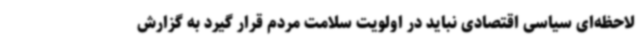
لاحظه‌ای سیاسی اقتصادی نباید در اولویت سلامت مردم قرار گیرد به گزارش